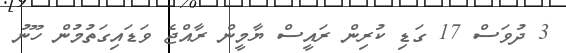
3 ދުވަސް 17 ގަޑި ކުރިން ރައީސް ޔާމީން ރާއްޖެ ވަޑައިގަތުމުން ހޫނު